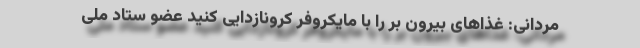
مردانی: غذاهای بیرون بر را با مایکروفر کرونازدایی کنید عضو ستاد ملی